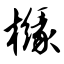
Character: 橼